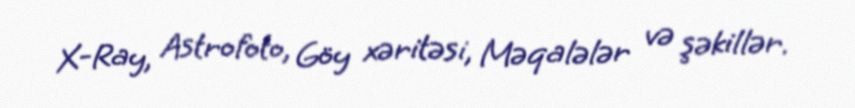
X-Ray, Astrofoto, Göy xəritəsi, Məqalələr və şəkillər.